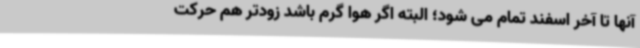
آنها تا آخر اسفند تمام می شود؛ البته اگر هوا گرم باشد زودتر هم حرکت